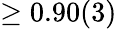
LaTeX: \ge 0.90(3)